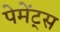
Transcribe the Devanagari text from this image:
पेमेंट्‌स